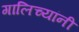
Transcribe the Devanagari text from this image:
गालिच्यांनी